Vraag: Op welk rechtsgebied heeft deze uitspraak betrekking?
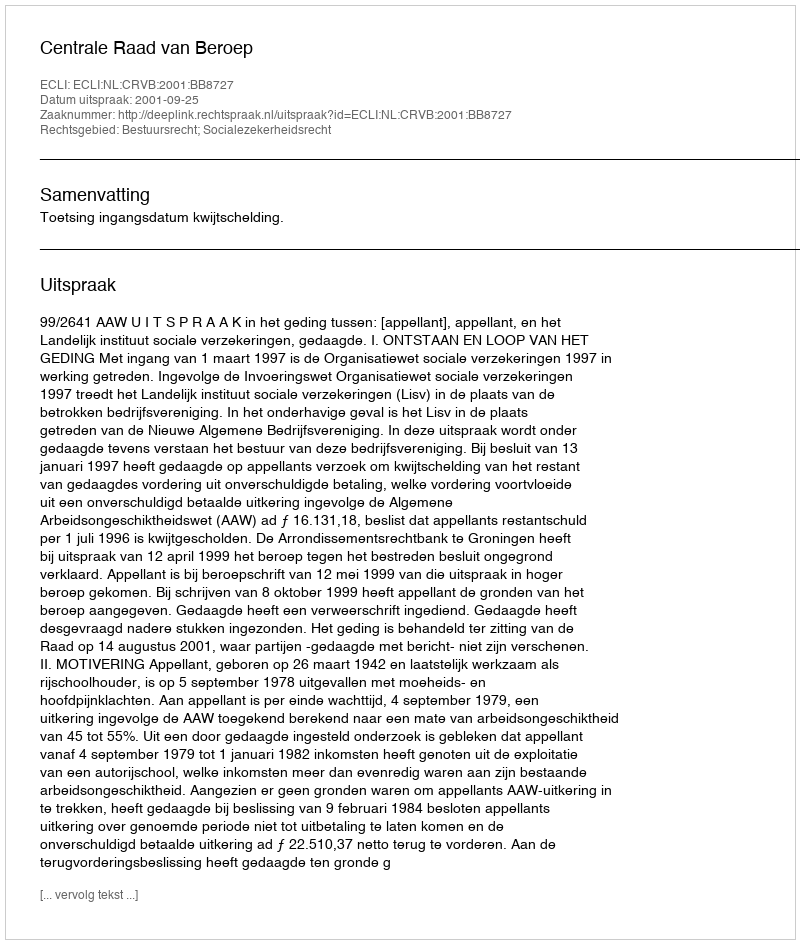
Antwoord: Bestuursrecht; Socialezekerheidsrecht